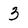
Character: 3